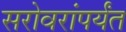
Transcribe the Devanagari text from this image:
सरोवरांपर्यंत